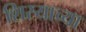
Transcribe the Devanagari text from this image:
शिस्याच्या